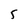
Character: 5